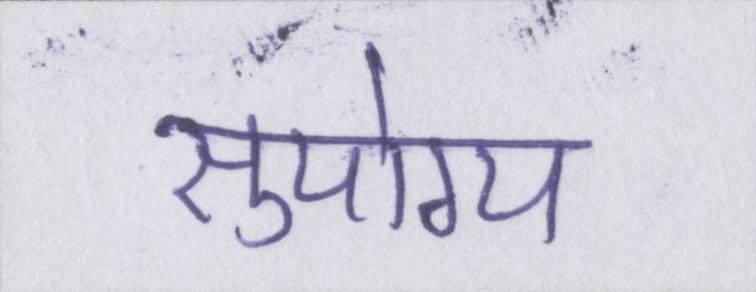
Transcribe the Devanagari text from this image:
सुयोग्य